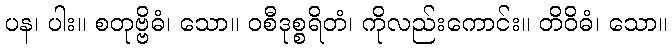
ပန၊ ပါး။ စတုဗ္ဗိဓံ၊ သော။ ဝစီဒုစ္စရိတံ၊ ကိုလည်းကောင်း။ တိဝိဓံ၊ သော။